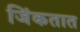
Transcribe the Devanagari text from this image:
जिंकतात